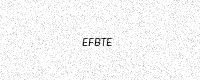
Text: EFBTE